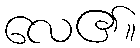
လေ၏။